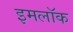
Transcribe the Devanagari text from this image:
इमलॉक